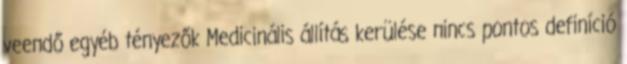
veendő egyéb tényezők Medicinális állítás kerülése nincs pontos definíció